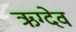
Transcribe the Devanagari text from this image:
ऋग्देव